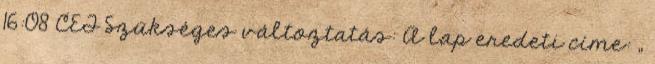
16:08 CET Szükséges változtatás: A lap eredeti címe: „